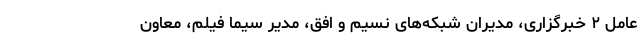
عامل ۲ خبرگزاری، مدیران شبکه‌های نسیم و افق، مدیر سیما فیلم، معاون